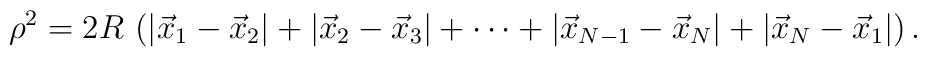
\rho^2  =2R  \,\left(|\vec x_1-\vec x_{2}|+|\vec x_2-\vec x_{3}|+\cdots+|\vec x_{N-1}-\vec x_N|+|\vec x_N-\vec x_{1}|\right).